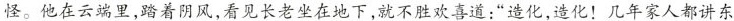
怪。他在云端里，踏着阴风，看见长老坐在地下，就不胜欢喜道：“造化，造化！几年家人都讲东